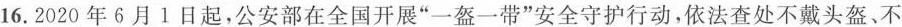
16.2020年6月1日起，公安部在全国开展”一盔一带”安全守护行动，依法查处不戴头盔、不